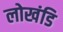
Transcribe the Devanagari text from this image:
लोखंडि